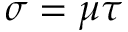
\sigma = \mu \tau